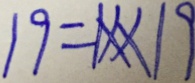
1 9 = 1 \times \times 1 9